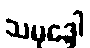
သမုဒ္ဒေါ